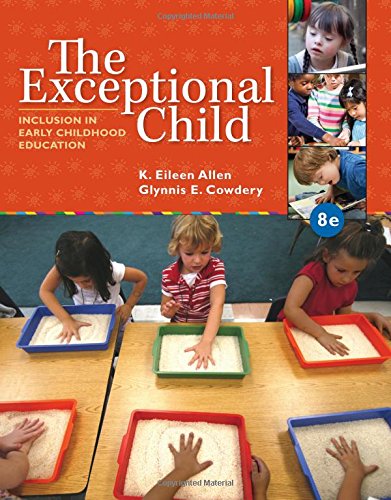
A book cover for The Exceptional Child: Inclusion in Early Childhood Education; Eileen K. Allen; Education & Teaching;